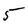
Character: 5